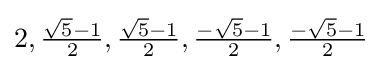
2,{\tfrac {{\sqrt {5}}-1}{2}},{\tfrac {{\sqrt {5}}-1}{2}},{\tfrac {-{\sqrt {5}}-1}{2}},{\tfrac {-{\sqrt {5}}-1}{2}}